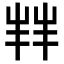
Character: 𫵮